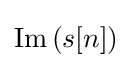
\operatorname {Im} {(s[n])}